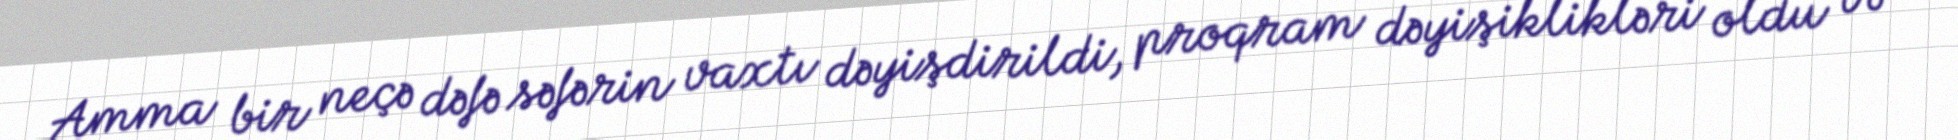
Amma bir neçə dəfə səfərin vaxtı dəyişdirildi, proqram dəyişiklikləri oldu və